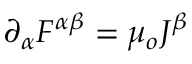
\partial _ { \alpha } F ^ { \alpha \beta } = \mu _ { o } J ^ { \beta }